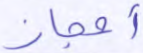
أعجاز